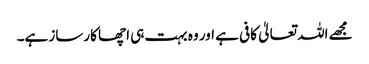
مجھے اللہ تعالیٰ کافی ہے اور وہ بہت ہی اچھا کارساز ہے۔